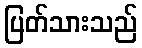
ပြတ်သားသည်